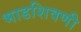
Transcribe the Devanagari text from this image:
भाडशिवणी